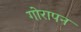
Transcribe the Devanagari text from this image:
गोरापन